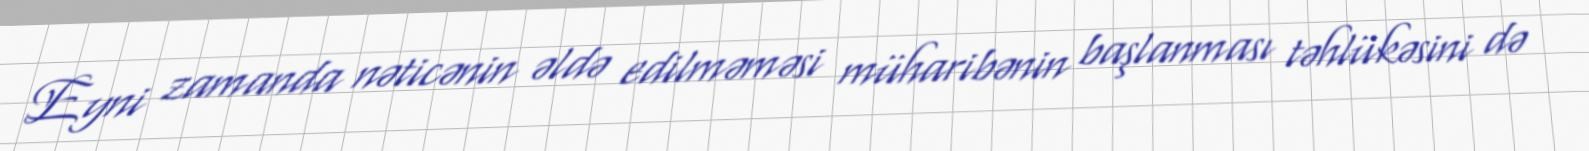
Eyni zamanda nəticənin əldə edilməməsi müharibənin başlanması təhlükəsini də